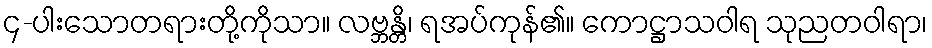
၄-ပါးသောတရားတို့ကိုသာ။ လဗ္ဘန္တိ၊ ရအပ်ကုန်၏။ ကောဋ္ဌာသဝါရ သုညတဝါရာ၊